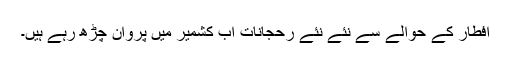
افطار کے حوالے سے نئے نئے رحجانات اب کشمیر میں پروان چڑھ رہے ہیں۔